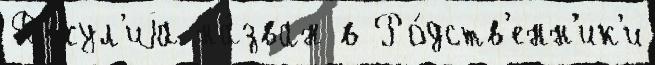
Джул'иjа на́зван в Ро́дств'енн'ик'и